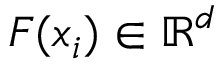
F ( x _ { i } ) \in \mathbb { R } ^ { d }